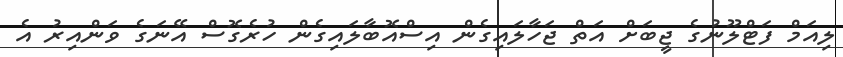
ލިއަމް ފަޓްލޫނުގެ ޖީބަށް އަތް ޖަހާލައިގެން އިސްއޮބާލައިގެން ހުރެގޮސް އޭނަގެ ވަންއިރު އެ